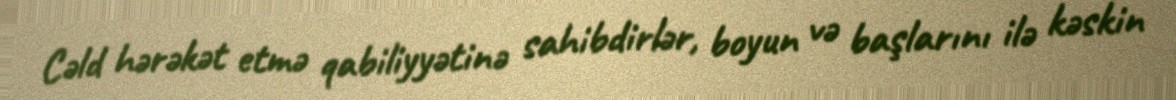
Cəld hərəkət etmə qabiliyyətinə sahibdirlər, boyun və başlarını ilə kəskin